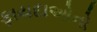
ફાયદાઓનો